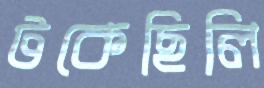
টকেছিলি